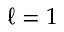
\ell = 1